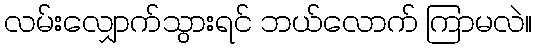
လမ်းလျှောက်သွားရင် ဘယ်လောက် ကြာမလဲ။